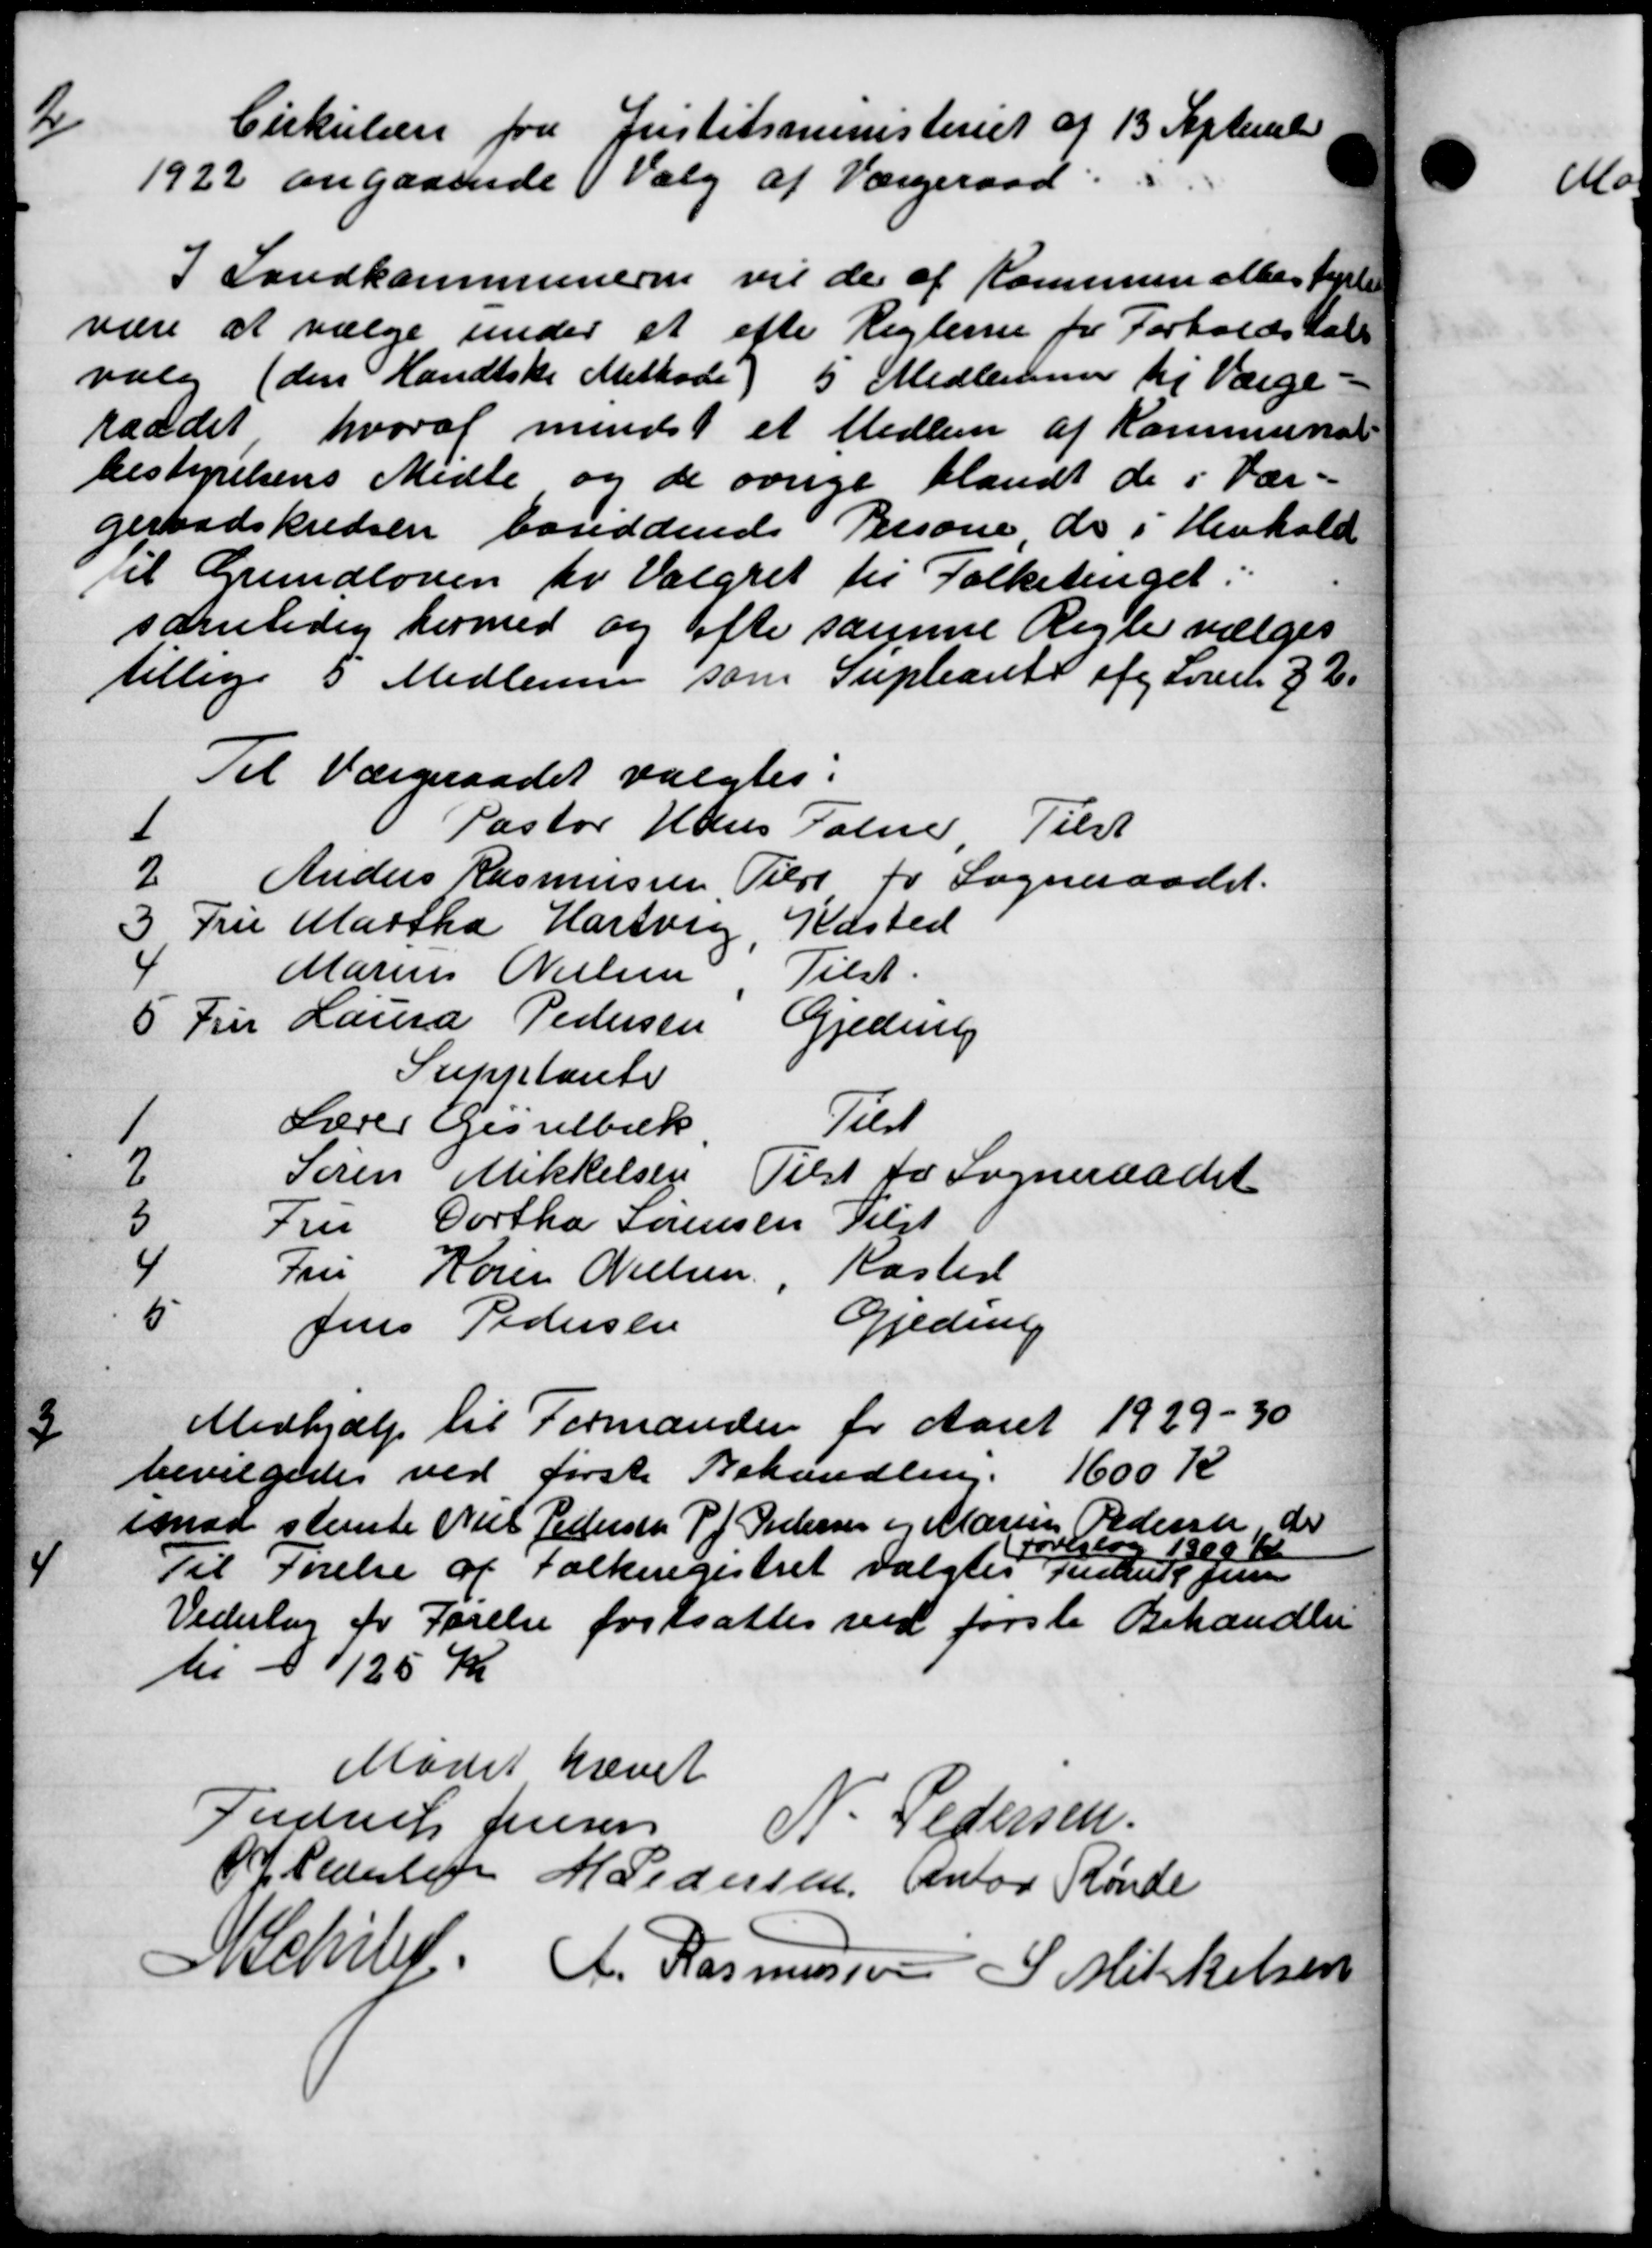
Transskription:
2
Cirkulære fra Justitsministeriet af 13 September
1922 angaaende Valg af Værgeraad:
I Landkommunerne vil de af Kommune eller tele
være at vælge under et efter Reglerne for Forholdstale
valg (den Handtske Methode) 5 Medlemmer til Værge-
raadet, hvoraf mindst et Medlem af Kommunal
bestyrelsens Midle og de øvrige blandt de i Vær-
geraadskredsen bosiddende Persone, de i Henhold
til Grundloven for Valgret til Folketinget:
samtidig hermed og ofte samme Regle vælges
tillige 5 Medlemmer som Supleante af Loven § 2.
Til Værgeraadet valgtes:
1 Pastor Hans Falme, Tilst
2 Anders Rasmussen, Tilst for Sogneraadet.
3 Fru Martha Hartvig, Kasted
4 Marius Nielsen Tilst.
6 Fru Laura Pedersen
Gjeding
Supplante
Lærer Gisselbæk Tilst
2 Søren Mikkelsen Tilst for Sogneraadet
5 Fru Dortha Sørensen Klgt
4 Fru Karen Nielsen " Kasted
5 Jens Pedersen Gjedrag
3
Medhjælp til Formanden for Aaret 1929-30
1600 K
bevilgedes ved første Behandling.
imaa stemte Niel Pedersen P. Pedersen og Marius Pedersen, der
overlag 19 00K
4
Til Førelse af Folkeregistret valgtes Julius Jen
Vederlag for Førelse fastsattes ved første Behandlin
til d. 1125 Kr
Mødet hævet
Fredrik Jensen
N. Pedersen.
J. Pedersen M Pedersen, Anton Rønde
A Schile A. Rasmussen S. Mikkelsen